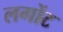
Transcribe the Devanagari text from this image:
लगोंट